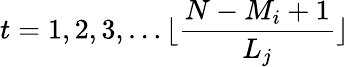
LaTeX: t=1,2,3,\dots\lfloor\frac{N-M_{i}+1}{L_{j}}\rfloor